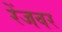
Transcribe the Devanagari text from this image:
रेंजवर